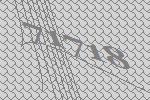
71718